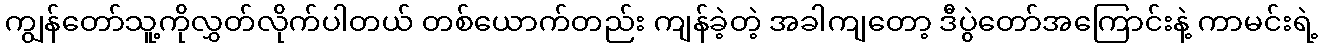
ကျွန်တော်သူ့ကိုလွှတ်လိုက်ပါတယ် တစ်ယောက်တည်း ကျန်ခဲ့တဲ့ အခါကျတော့ ဒီပွဲတော်အကြောင်းနဲ့ ကာမင်းရဲ့